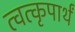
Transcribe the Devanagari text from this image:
त्वत्कृपार्थं